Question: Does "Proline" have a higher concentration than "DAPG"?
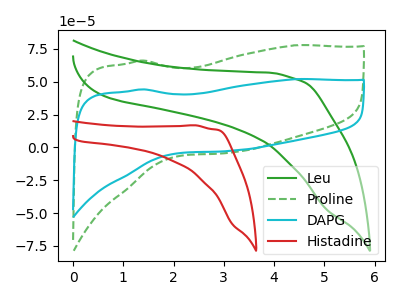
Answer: <think>The green curve "Leu" has no peaks. The green dashed curve "Proline" has no peaks. The cyan curve "DAPG" has no peaks. The red curve "Histadine" has no peaks.
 Neither "Proline" or "DAPG" have any peaks.</think>
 <answer>I cant tell if "Proline" or "DAPG" has higher concentration.</answer>
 <eval>mixed_concentration</eval>